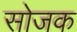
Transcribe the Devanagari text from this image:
सोजक